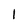
Character: l